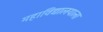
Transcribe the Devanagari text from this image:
महाविद्यालयाला